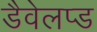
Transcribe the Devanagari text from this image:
डैवेलप्ड